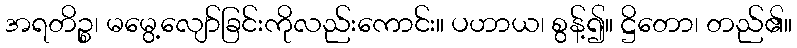
အရတိဉ္စ၊ မမွေ့လျော်ခြင်းကိုလည်းကောင်း။ ပဟာယ၊ စွန့်၍။ ဋ္ဌိတော၊ တည်၏။